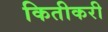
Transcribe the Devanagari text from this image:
कितीकरी